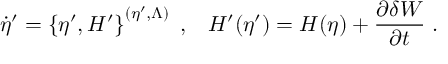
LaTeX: \dot { \eta } ^ { \prime } = \left\{ \eta ^ { \prime } , H ^ { \prime } \right\} ^ { ( \eta ^ { \prime } , \Lambda ) } \; , \; \; \; H ^ { \prime } ( \eta ^ { \prime } ) = H ( \eta ) + \frac { \partial \delta W } { \partial t } \; .